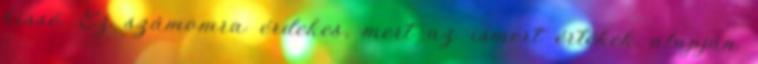
kissé. Ez számomra érdekes, mert az ismert értékek alapján